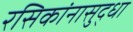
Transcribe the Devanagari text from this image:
रसिकांनासुद्धा